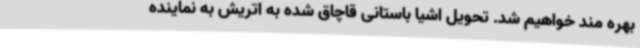
بهره مند خواهیم شد. تحویل اشیا باستانی قاچاق شده به اتریش به نماینده